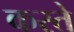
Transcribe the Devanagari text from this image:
करते